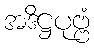
အဒိဋ္ဌပုဗ္ဗံ